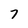
Character: 7